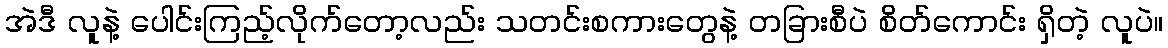
အဲဒီ လူနဲ့ ပေါင်းကြည့်လိုက်တော့လည်း သတင်းစကားတွေနဲ့ တခြားစီပဲ စိတ်ကောင်း ရှိတဲ့ လူပဲ။